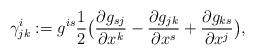
LaTeX: \begin{align*}\gamma^i_{jk}:=g^{is}\frac{1}{2}\big(\frac{\partial g_{sj}}{\partial x^k}-\frac{\partial g_{jk}}{\partial x^s}+\frac{\partial g_{ks}}{\partial x^j}\big),\end{align*}